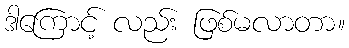
ဒါကြောင့် လည်း ဖြစ်မလာတာ။